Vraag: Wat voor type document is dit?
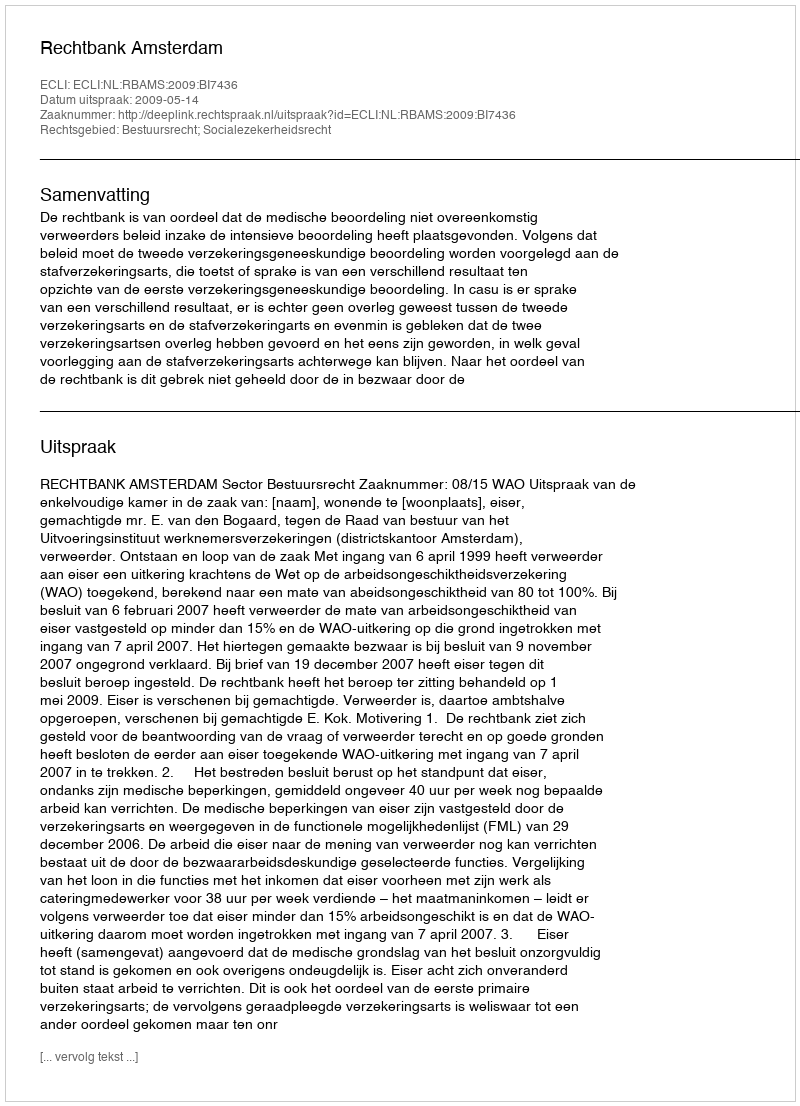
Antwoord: Uitspraak